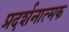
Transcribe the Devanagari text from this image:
प्रदर्शनात्‍मक